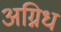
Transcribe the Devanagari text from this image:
अग्निध